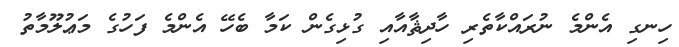
ހިނގި އެންމެ ނުރައްކާތެރި ހާދިޘާއާއި ގުޅިގެން ކަމާ ބެހޭ އެންމެ ފަހުގެ މަޢުލޫމާތު